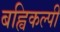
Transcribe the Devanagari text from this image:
बह्विकल्पी